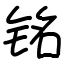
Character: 铭